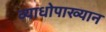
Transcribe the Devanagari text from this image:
व्याधोपाख्यान